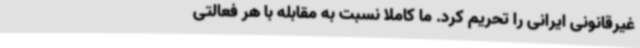
غیرقانونی ایرانی را تحریم کرد. ما کاملا نسبت به مقابله با هر فعالتی